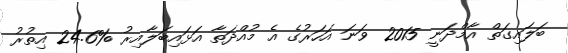
ބަލައިގަތް އާމްދަނީ 2015 ވަނަ އަހަރުގެ އެ މުއްދަތާ އަޅައިބަލާއިރު %24.6 އިތުރު